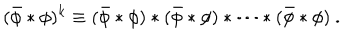
LaTeX: ( \bar { \phi } \ast \phi ) ^ { k } \equiv ( \bar { \phi } \ast \phi ) \ast ( \bar { \phi } \ast \phi ) \ast \cdots \ast ( \bar { \phi } \ast \phi ) ~ .